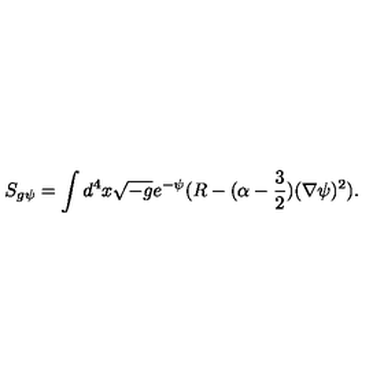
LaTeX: S _ { g \psi } = \int d ^ { 4 } x \sqrt { - g } e ^ { - \psi } ( R - ( \alpha - \frac { 3 } { 2 } ) ( \nabla \psi ) ^ { 2 } ) .